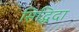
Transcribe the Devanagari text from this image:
सिद्धिदा